Assam Mental Hospital (Tezpur, India) - 1933-1948
Year: 1933
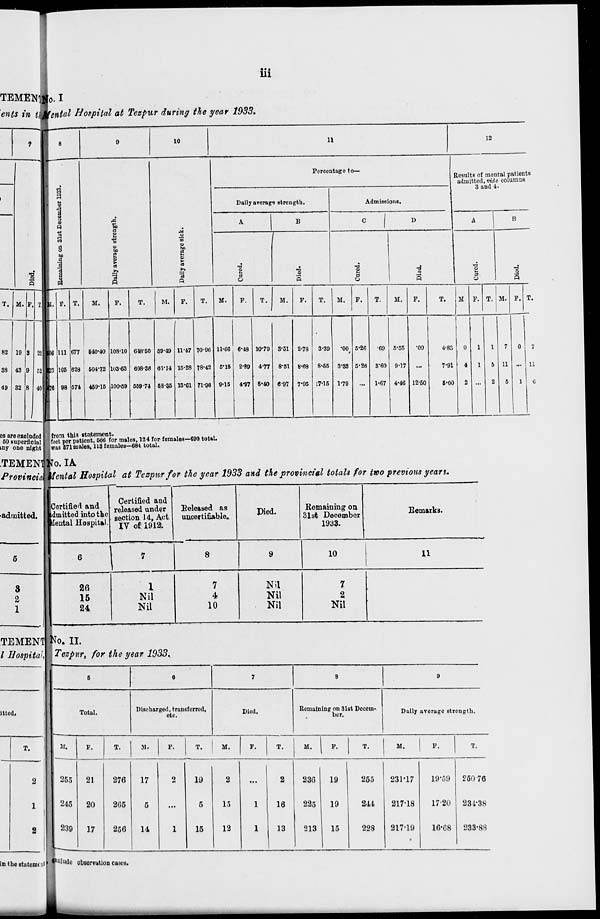
iii
No. I
Mental Hospital at Tezpur during the year 1933.
8
Remaining
on 31st December 1933.
M.
566
523
476
F.
111
105
98
T.
677
628
574
9
Daily average strength.
M.
540.40
504.72
459.15
F.
108.10
103.63
100.59
T.
648.50
608.36
559.74
10
Daily average sick.
M.
59.49
63.14
58.35
F.
11.47
15.28
13.61
T.
70.96
78.42
71.96
11
Percentage to—
Daily average strength.
A
Cured.
M.
11.66
5.15
9.15
F.
6.48
2.89
4.97
T.
10.79
4.77
8.40
B
Died.
M.
3.31
8.51
6.97
F.
2.78
8.68
7.95
T.
3.39
8.55
7.15
Admissions.
C
Cured.
M.
.00
3.33
1.79
F.
5.26
5.26
...
T.
.69
3.60
1.67
D
Died.
M.
5.55
9.17
4.46
F.
.00
...
12.50
T.
4.83
7.91
5.00
12
Results of mental patients
admitted, vide columns
3 and 4.
A
Cured.
M.
0
4
2
F.
1
1
...
T.
1
5
2
B
Died.
M.
7
11
5
F.
0
...
1
T.
7
11
6
from this statement.
feet per patient, 566 for males, 124 for females—690 total.
was 571 males, 113 females—684 total.
No. IA
Mental Hospital at Tezpur for the year 1933 and the provincial totals for two previous years.
Certified and
admitted into the
Mental Hospital.
6
26
15
24
Certified and
released under
section 14, Act.
IV of 1912.
7
1
Nil
Nil
Released as
uncertifiable.
8
7
4
10
Died.
9
Nil
Nil
Nil
Remaining on
31st December
1933.
10
7
2
Nil
Remarks.
11
No. II.
Tezpur, for the year 1933.
5
Total.
M.
255
245
239
F.
21
20
17
T.
276
265
256
6
Discharged, transferred,
etc.
M.
17
5
14
F.
2
...
1
T.
19
5
15
7
Died.
M.
2
15
12
F.
...
1
1
T.
2
16
13
8
Remaining on 31st Decem-
ber.
M.
236
225
213
F.
19
19
15
T.
255
244
228
9
Daily average strength.
M.
231.17
217.18
217.19
F.
19.59
17.20
16.68
T.
250.76
234.38
233.88
exclude observation cases.